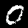
Label: 0